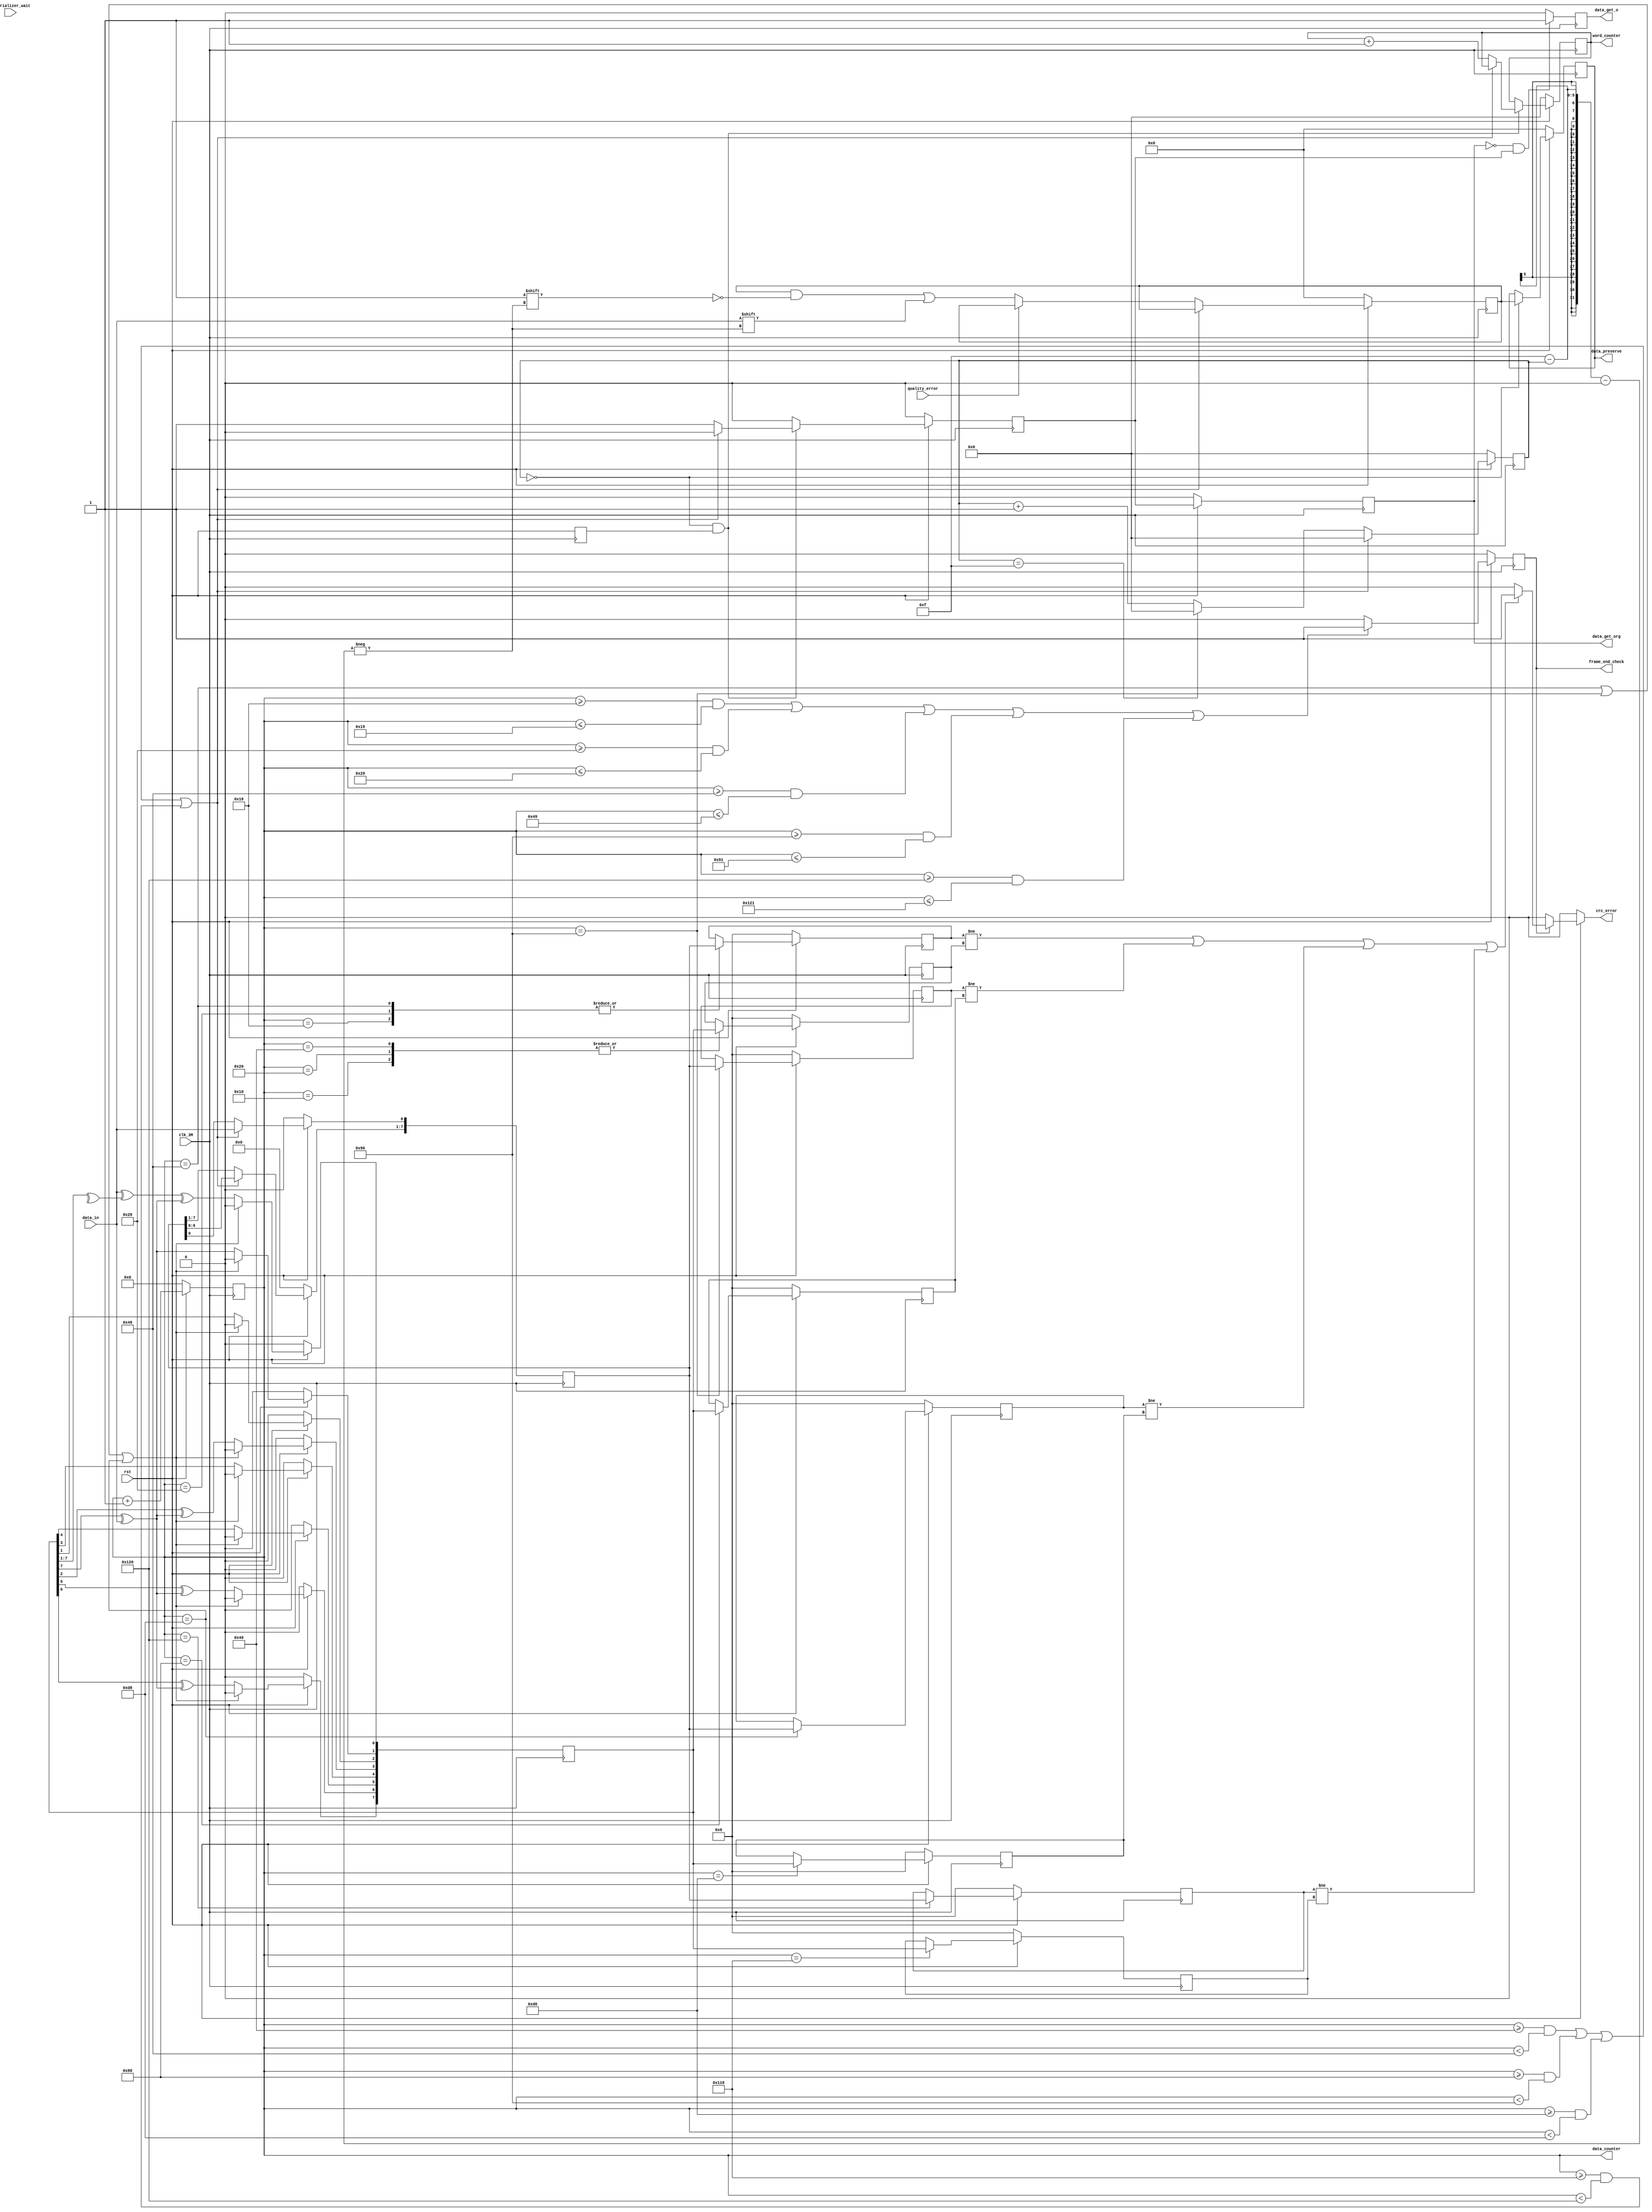
`timescale 1ns / 1ps
//////////////////////////////////////////////////////////////////////////////////
// Company: 
// Engineer: 
// 
// Design Name: 
// Module Name: deserializer
// Project Name: 
// Target Devices: 
// Tool Versions: 
// Description: 
// 
// Dependencies: 
// 
// Revision:
// Revision 0.01 - File Created
// Additional Comments:
// 
//////////////////////////////////////////////////////////////////////////////////

(*DONT_TOUCH="true"*)
module deserializer(
        input               clk_3M,                 //3Mhz
        input               rst,                    //
        input               deserializer_wait,      //
        input               data_in,                //
		  input					 quality_error,
        output reg[15:0]    data_preserve,          //
        output reg          data_get_o,             //16
		  output reg			 data_get_org,
		  output reg			 crc_error,
		  output reg[8:0]	 	 data_counter,
		  output reg[4:0]		 word_counter,
		  output reg			 frame_end_check
    );
    
    reg[4:0]    index=5'h0;
	 reg[15:0]	 data_pre=16'h0;
    reg         data_get;
    reg         pre_rst;
	 reg			 pre_pre_rst;
	 reg[15:0] 	 data_out=16'h0;
	 reg[7:0]	 crc_get[3:0];
	 reg[7:0]	 crc_new[3:0];
	 reg[7:0]	 crc_c;
	 reg[7:0]	 crc_r;
	 integer 	 i;
	 
	 always @(posedge clk_3M)begin
		if(rst==1'b0)begin
			frame_end_check<=1'b0;
		end else if((data_counter>=24&&data_counter<=25)||
						(data_counter>=40&&data_counter<=41)||
						(data_counter>=72&&data_counter<=73)||
						(data_counter>=144&&data_counter<=145)||
						(data_counter>=288&&data_counter<=289))begin
			frame_end_check<=1'b1;
		end else begin
			frame_end_check<=1'b0;
		end
	 end
	 
	 
	 always @(clk_3M)begin
		if(rst==1'b0)begin
			crc_error<=1'b0;
		end else if(frame_end_check==1'b1)begin
			if(crc_get[0]!=crc_new[0]||
				crc_get[1]!=crc_new[1]||
				crc_get[2]!=crc_new[2]||
				crc_get[3]!=crc_new[3])begin
					crc_error<=1'b1;
			end else begin
				crc_error<=1'b0;
			end
		end else begin
			crc_error<=1'b0;
		end
	 end
	 
	 
	 always @(posedge clk_3M)begin
		if(rst==1'b0)begin
			data_counter<=9'h0;
			for(i=0;i<4;i=i+1) begin
				crc_new[i]<=8'h0;
				crc_get[i]<=8'h0;
			end
		end else begin
			data_counter<=data_counter+1;
			case (data_counter) 
				9'd16:begin
					crc_new[0]<=crc_c;
				end
				9'd24:begin
					crc_get[0]<=crc_r;
				end
				9'd32:begin
					crc_new[0]<=crc_c;
				end
				9'd40:begin
					crc_get[0]<=crc_r;
				end
				9'd64:begin
					crc_new[0]<=crc_c;
				end
				9'd72:begin
					crc_get[0]<=crc_r;
				end
				9'd136:begin
					crc_new[1]<=crc_c;
				end
				9'd144:begin
					crc_get[1]<=crc_r;
				end
				9'd208:begin
					crc_new[2]<=crc_c;
				end
				9'd216:begin
					crc_get[2]<=crc_r;
				end
				9'd280:begin
					crc_new[3]<=crc_c;
				end
				9'd288:begin
					crc_get[3]<=crc_r;
				end
			endcase
		end
	 end
	 
    always @(posedge clk_3M ) begin
        data_get_org<=data_get;
        pre_rst<=rst;
		  pre_pre_rst<=pre_rst;
        if(rst==1'b0)begin
            data_out<=16'h0000;
            index<=5'h0;
				crc_r<=8'h0;
				data_get_org<=1'b0;
        end else if((data_counter>=64&&data_counter<72)||
						  (data_counter>=136&&data_counter<144)||
						  (data_counter>=208&&data_counter<216)||
						  (data_counter>=280&&data_counter<288))begin
            data_out<=data_out;
				crc_r[0]<=data_in;
				crc_r[7:1]<=crc_r[6:0];
            index<=5'h0;
        end else  begin
            index<=index+1;
            if(index==5'hf)begin
                index<=5'h0;
            end
				if(quality_error!=1'b1)begin
					data_out[15-index]<=data_in;
				end else begin
					data_out<=data_out;
				end
			end
    end
    
    always @(posedge clk_3M )begin
        if(rst==1'b0)begin
            crc_c<=8'h0;
            //crc_code<=8'h0;
		  end else if(data_counter==9'd72||data_counter==9'd144||data_counter==9'd216)begin
				crc_c<=8'h0;
        end else  begin
            crc_c[1]<=crc_c[7]^data_in;
            crc_c[2]<=crc_c[1];
            crc_c[3]<=crc_c[2]^(data_in^crc_c[7]);
            crc_c[4]<=crc_c[3];
            crc_c[5]<=crc_c[4];
            crc_c[6]<=crc_c[5]^(data_in^crc_c[7]);
            crc_c[7]<=crc_c[6]^(data_in^crc_c[7]);
            crc_c[0]<=data_in^(^crc_c[7:1])^((data_in^crc_c[7])^1'b0);
            /*crc_code<={crc_c[6]^(data_in^crc_c[7]),crc_c[5]^(data_in^crc_c[7]),crc_c[4],crc_c[3],crc_c[2]^(data_in^crc_c[7])
											,crc_c[1],crc_c[7]^data_in,data_in^(^crc_c[7:1])^((data_in^crc_c[7])^1'b0)};*/
        end 
    end
    
	 always @(posedge clk_3M)begin
		if(rst==1'b0)begin
			data_preserve<=16'h0000;
		end else if(index==0)begin
			data_preserve<=data_out;
		end else begin
			data_preserve<=data_preserve;
		end
	 end
	 
    always @(negedge clk_3M)begin
        if(data_get_org==1'b0&&data_get==1'b1)begin
            data_get_o<=1'b1;
        end else begin
            data_get_o<=1'b0;
        end
    end
    
    always @(posedge clk_3M) begin
        if(rst==1'b0)begin
            data_get<=1'b0;
				word_counter<=5'h0;
        end else begin
            if(index==5'h0&&pre_rst!=1'b0)begin
					if((data_counter>=64&&data_counter<72)||
							(data_counter>=136&&data_counter<144)||
							(data_counter>=208&&data_counter<216)||
							(data_counter>=280&&data_counter<288))begin
						data_get<=1'b0;
						word_counter<=word_counter;
					 end else begin
						data_get<=1'b1;
						word_counter<=word_counter+1;
					 end
            end else begin
                data_get<=1'b0;
            end
        end
    end
    
    
endmodule